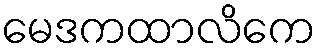
မေဒကထာလိကေ